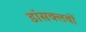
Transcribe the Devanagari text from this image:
डांसक्लबों